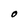
Character: O